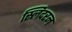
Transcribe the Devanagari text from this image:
स्लिदरन